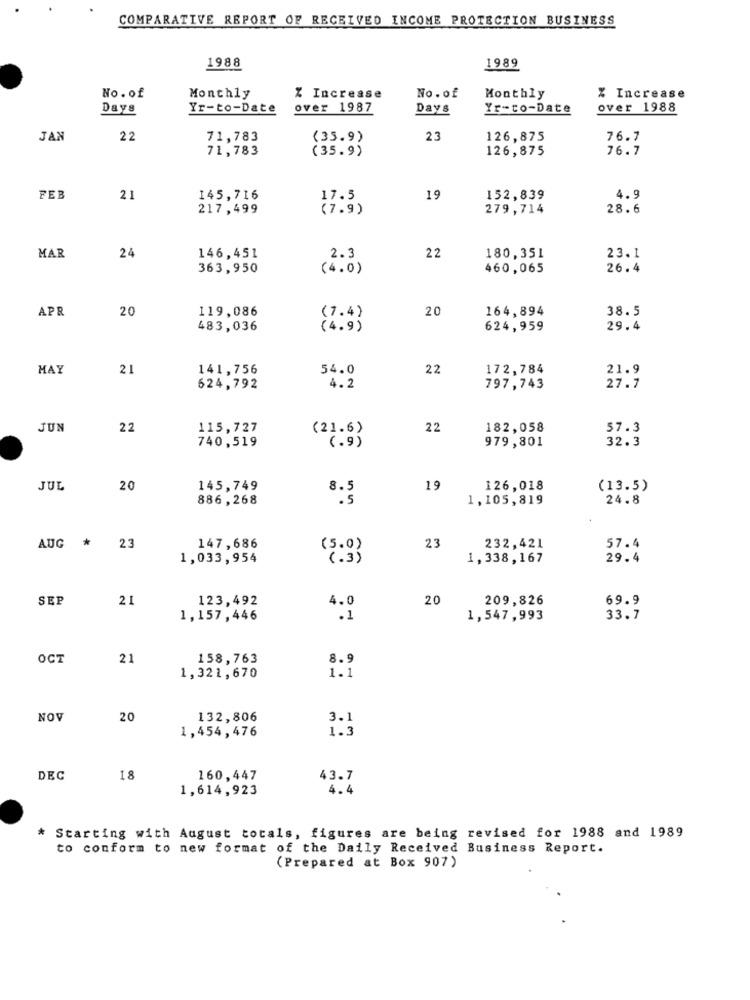
COMPARATIVE REPORT OF RECEIVED INCOME PROTECTION BUSINESS
1988
1989
No.of
Monthly
% Increase
No.of
Monthly
% Increase
Days
Yr-to-Date
over 1987
Days
Yr-to-Date
over 1988
JAN
22
71,783
(35.9)
23
126,875
76.7
71,783
126,875
76.7
(35.9)
FEB
21
145,716
17.5
19
152,839
4.9
217,499
(7.9)
279,714
28.6
24
22
MAR
146,451
2.3
180,351
23.1
363,950
(4.0)
460,065
26.4
APR
20
119,086
20
164,894
38.5
(7.4)
483,036
(4.9)
624,959
29.4
MAY
21
141,756
54.0
22
172,784
21.9
624,792
4.2
797,743
27.7
JUN
22
115,727
(21.6)
22
182,058
57.3
740,519
(.9)
979,801
32.3
JUL
20
145,749
19
126,018
(13.5)
886,268
8. 5
1,105,819
24.8
AUG *
23
147,686
(5.0)
23
232,421
57.4
1,033,954
(.3)
1,338,167
29.4
SEP
21
123,492
20
209,826
69.9
4.0
1,157,446
.1
1,547,993
33.7
OCT
21
158,763
8.9
1,321,670
1.1
NOV
20
132,806
3.1
1.3
1,454,476
DEC
18
160,447
43.7
1,614,923
4.4
* Starting with August totals, figures are being revised for 1988 and 1989
to conform to new format of the Daily Received Business Report.
(Prepared at Box 907)